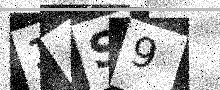
Text: 14S9